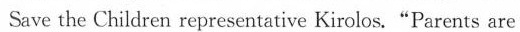
Save the Children representative Kiro!os."Parents are